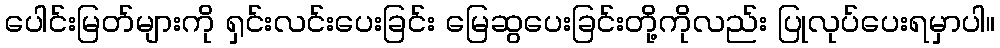
ပေါင်းမြတ်များကို ရှင်းလင်းပေးခြင်း မြေဆွပေးခြင်းတို့ကိုလည်း ပြုလုပ်ပေးရမှာပါ။